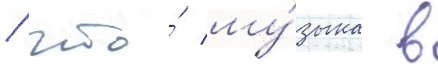
/ что́ му́зыка в